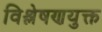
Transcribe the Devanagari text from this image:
विश्लेषणयुक्त